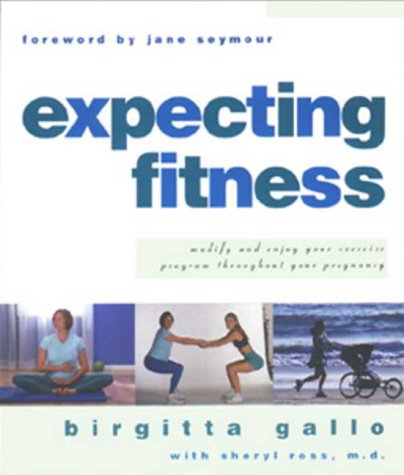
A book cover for Expecting Fitness: How To Modify And Enjoy Your Exercise Program Throughout Your Pregnancy; Birgitta Gallo; Health, Fitness & Dieting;